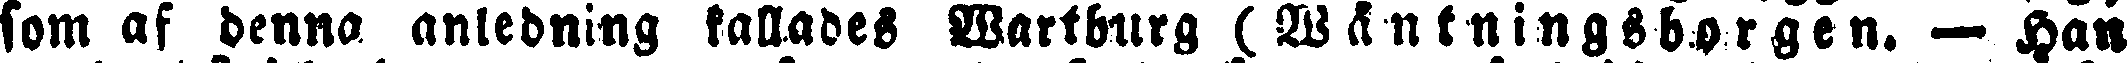
som af denna anledning kallades Wartburg (Wäntningsborgen. — Han